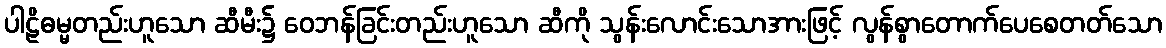
ပါဠိဓမ္မတည်းဟူသော ဆီမီး၌ ဝေဘန်ခြင်းတည်းဟူသော ဆီကို သွန်းလောင်းသောအားဖြင့် လွန်စွာတောက်ပေစေတတ်သော